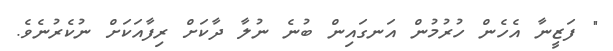
" ފަޒީނާ އެހެން ހުރުމުން އަނގައިން ބުނެ ނުލާ ދާކަށް ރިފާއަކަށް ނުކެރުނެވެ.